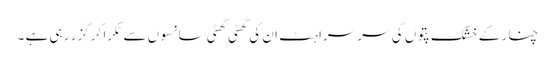
چنار کے خشک پتوں کی سر سراہٹ ان کی گھٹی گھٹی سانسوں سے ٹکرا کر گزر رہی ہے ۔